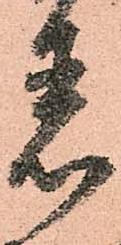
着